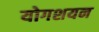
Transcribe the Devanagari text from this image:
योगशयन